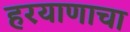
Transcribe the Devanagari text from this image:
हरयाणाचा